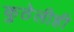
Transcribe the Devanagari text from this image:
कुठेलीही